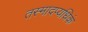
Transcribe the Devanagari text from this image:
तस्मादप्यधिकं